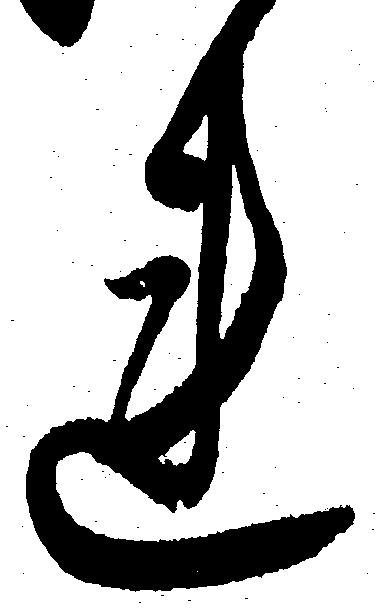
れ